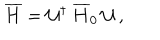
\overline { { { H } } } = \mathcal { U } ^ { \dagger } \: \overline { { { H } } } _ { 0 } \: \mathcal { U } \, ,